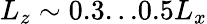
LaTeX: L_{z}\sim 0.3...0.5L_{x}